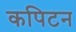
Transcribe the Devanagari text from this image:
कपिटन